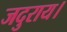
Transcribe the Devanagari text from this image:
जदुराय।